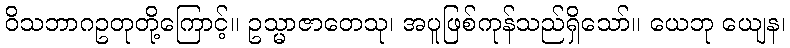
ဝိသဘာဂဥတုတို့ကြောင့်။ ဥသ္မာဇာတေသု၊ အပူဖြစ်ကုန်သည်ရှိသော်။ ယေဘု ယျေန၊